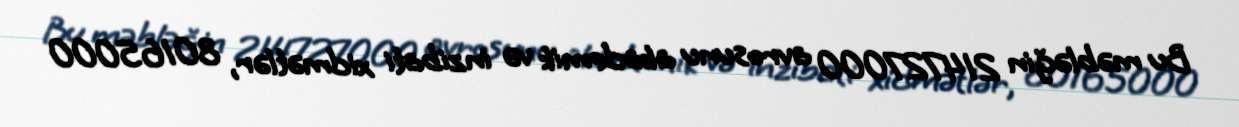
Bu məbləğin 214727000 avrosunu akademik və inzibati xidmətlər, 80165000